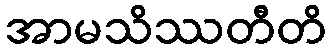
အာမသိဿတီတိ